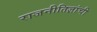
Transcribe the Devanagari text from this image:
राजनीतिज्ञांची